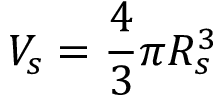
V _ { s } = \frac { 4 } { 3 } \pi R _ { s } ^ { 3 }